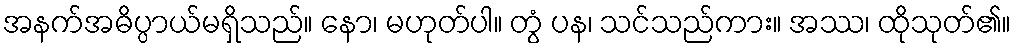
အနက်အဓိပ္ပာယ်မရှိသည်။ နော၊ မဟုတ်ပါ။ တွံ ပန၊ သင်သည်ကား။ အဿ၊ ထိုသုတ်၏။